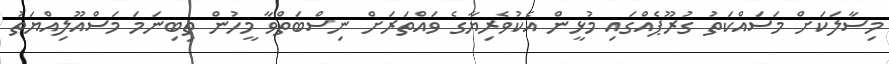
މިސާލަކަށް މަސައްކަތު ގުރޫޕެއްގައި މުޅީން އެކުވެރިޔާގެ ވައްތަރަށް ނިސްބަތްވާ މީހުން ތިބިނަމަ މަސްއޫލިއްޔަތު